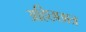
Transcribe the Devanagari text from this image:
अहिछछात्र